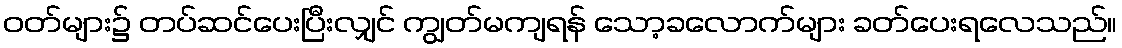
ဝတ်များ၌ တပ်ဆင်ပေးပြီးလျှင် ကျွတ်မကျရန် သော့ခလောက်များ ခတ်ပေးရလေသည်။